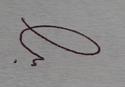
Signature authenticity: forged